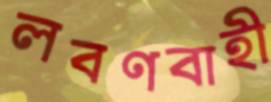
লবণবাহী